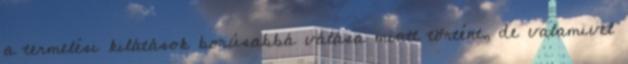
a termelési kilátások borúsabbá válása miatt történt, de valamivel